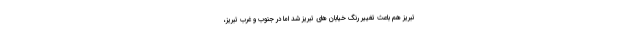
تبریز هم باعث تغییر رنگ خیابان های تبریز شد اما در جنوب و غرب تبریز،